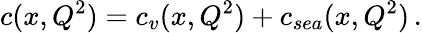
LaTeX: c(x,Q^{2})=c_{v}(x,Q^{2})+c_{sea}(x,Q^{2})\, .